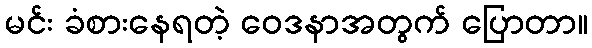
မင်း ခံစားနေရတဲ့ ဝေဒနာအတွက် ပြောတာ။